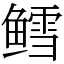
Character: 鳕